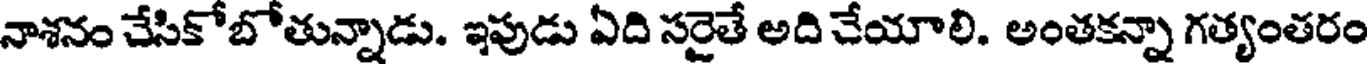
నాశనం చేసికోబోతున్నాడు. ఇపుడు ఏది సరైతే అది చేయాలి. అంతకన్నా గత్యంతరం